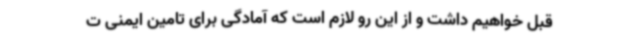
قبل خواهیم داشت و از این رو لازم است که آمادگی برای تامین ایمنی ت